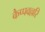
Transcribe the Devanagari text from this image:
कैप्पवल्लरि